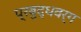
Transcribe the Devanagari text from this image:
प्रबुद्धवर्ग